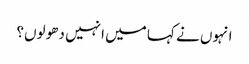
انہوں نے کہا میں انہیں دھو لوں؟